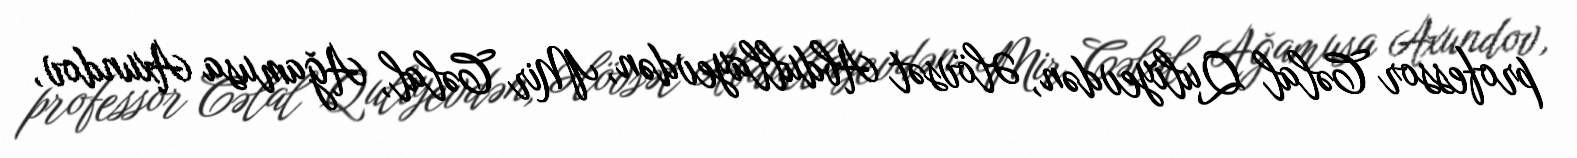
professor Cəlal Quliyevdən, Əlövsət Abdullayevdən, Mir Cəlal, Ağamusa Axundov,